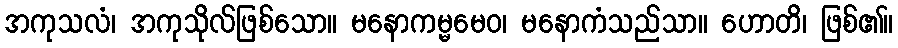
အကုသလံ၊ အကုသိုလ်ဖြစ်သော။ မနောကမ္မမေဝ၊ မနောကံသည်သာ။ ဟောတိ၊ ဖြစ်၏။